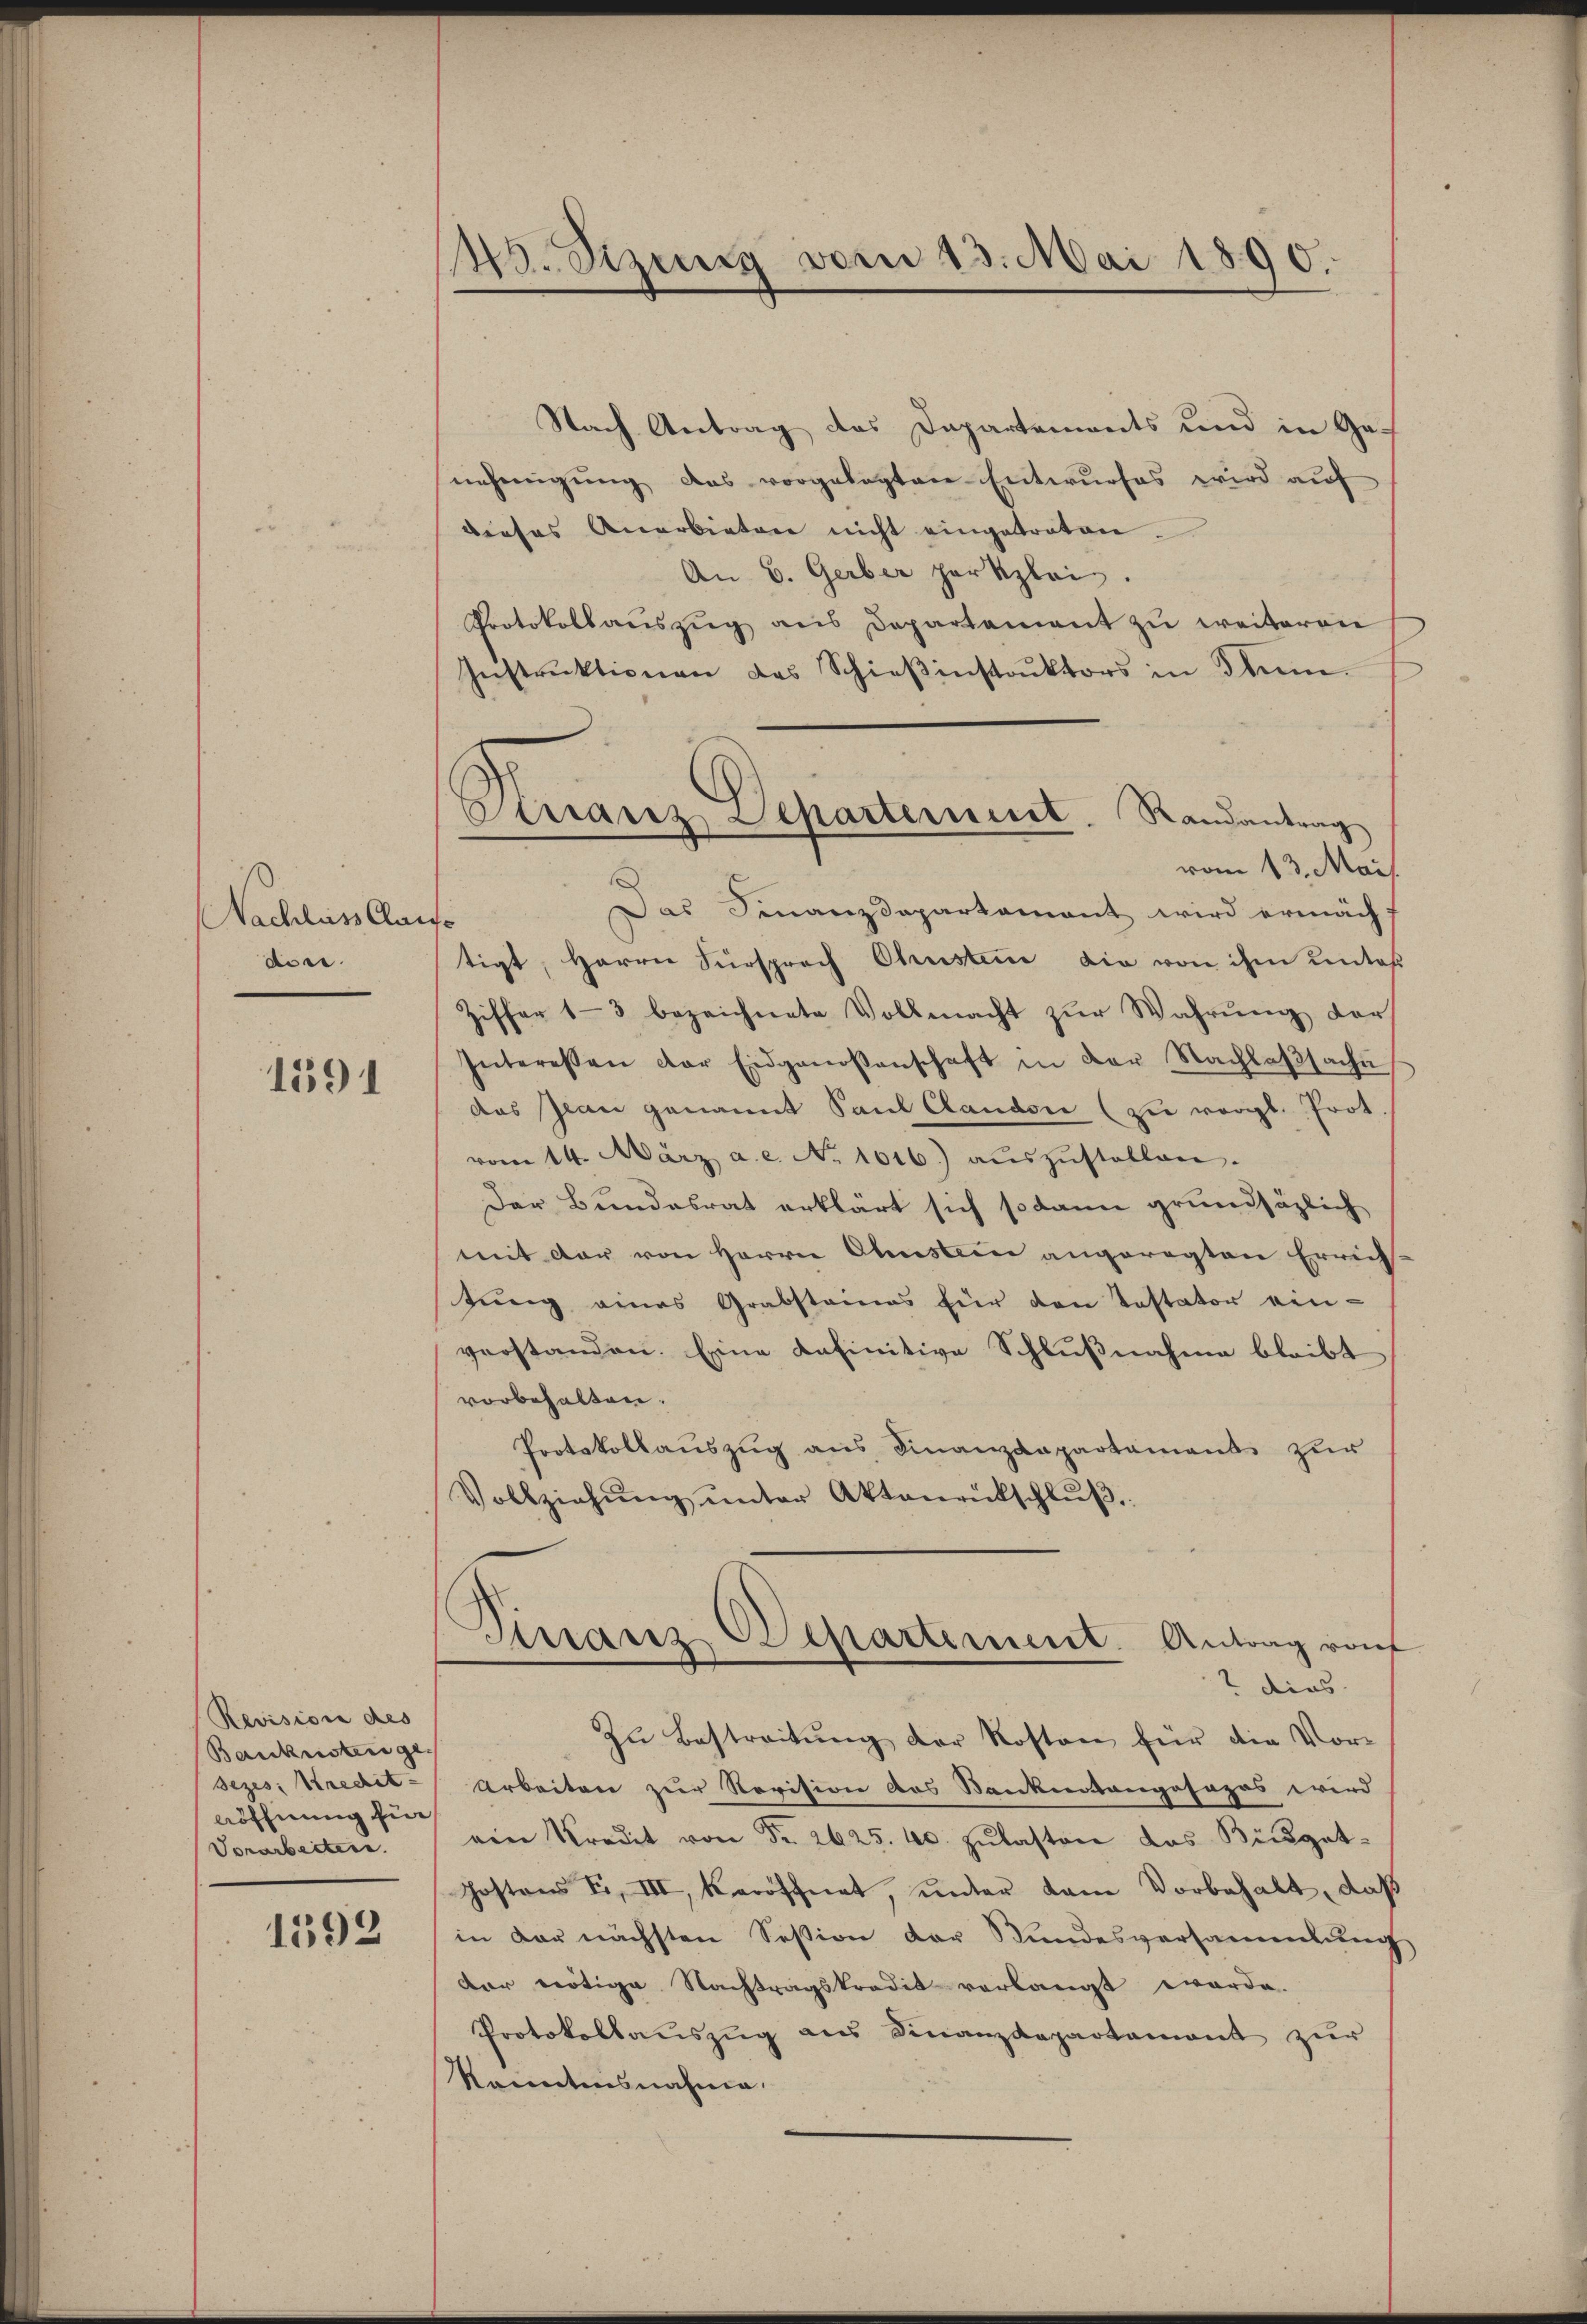
Nachlass Clai
dir.

1591

Revision des
Baukosten ge¬
Sezes: Kredit-
röffnung für
Vorarbeitere

1592

40. Sizung vom 13. Mai 1890.

Nach Antrag des Departements und in Ge-
nehmigung das vorgelegten Entwurfes wird auf
dieses Anerbieten nicht eingetreten.
An 6. Gerber parkzlei.
Protokoll aŭszŭg aŭs Departement zŭ weiteren
Instrŭktionen das Schieβinstrŭktors in den
vom 13. Mai.
Das Finanzdepartement wird ermächt
f
tigt, Herrn Fürsprach Chusten die von ihm unter
Ziffer 13 bezeichnete Vollmacht zŭr Wahrŭng der
Interessen der Eidgenossenschaft in der Nachlaβsache
das Jean genannt Paul Clauder (zu vergl. Prot
vom 14. März a.c. No. 1016.) aŭszŭstellen.
Der Bundesrat erklärt sich sodann grundsätzlich
mit der von Herrn Oberstein angeregten Errich-
tung eines Grabstainas für den Testator ein-
verstanden. Eine definitive Schlußnahme bleibt
vorbehalten.
Protokollaŭszŭg ans Finanzdepartament zur
Vollziehung unter Aktenrückschluß,
Finanz Departement. Antrag von
2 dies
Zu Bestreitung der Kosten für die Vor¬
Arbeiten zur Revision des Banknotengosapas wird
ein Kredit von Fr. 2625. 10. zŭlasten das Büdget-
ostons Fr. VII, veröffnet, unter dem Vorbehalt, daß
in der nächsten Session der Bundesversammlung
der nötige Nachtragskredit verlangt worde.
Protokollauszug aus Finanzdepartament zur
kanntensnahme.

Kranz Departement. Randantrag